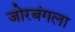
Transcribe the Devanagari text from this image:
जोरबंगला